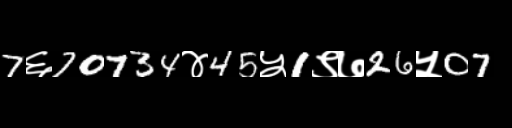
Text: 7६70734४45५1९७26५07